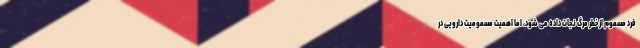
فرد مسموم از خطر مرگ نجات داده می شود، اما اهمیت مسمومیت دارویی در